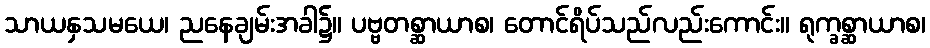
သာယနှသမယေ၊ ညနေချမ်းအခါ၌။ ပဗ္ဗတစ္ဆာယာစ၊ တောင်ရိပ်သည်လည်းကောင်း။ ရုက္ခစ္ဆာယာစ၊